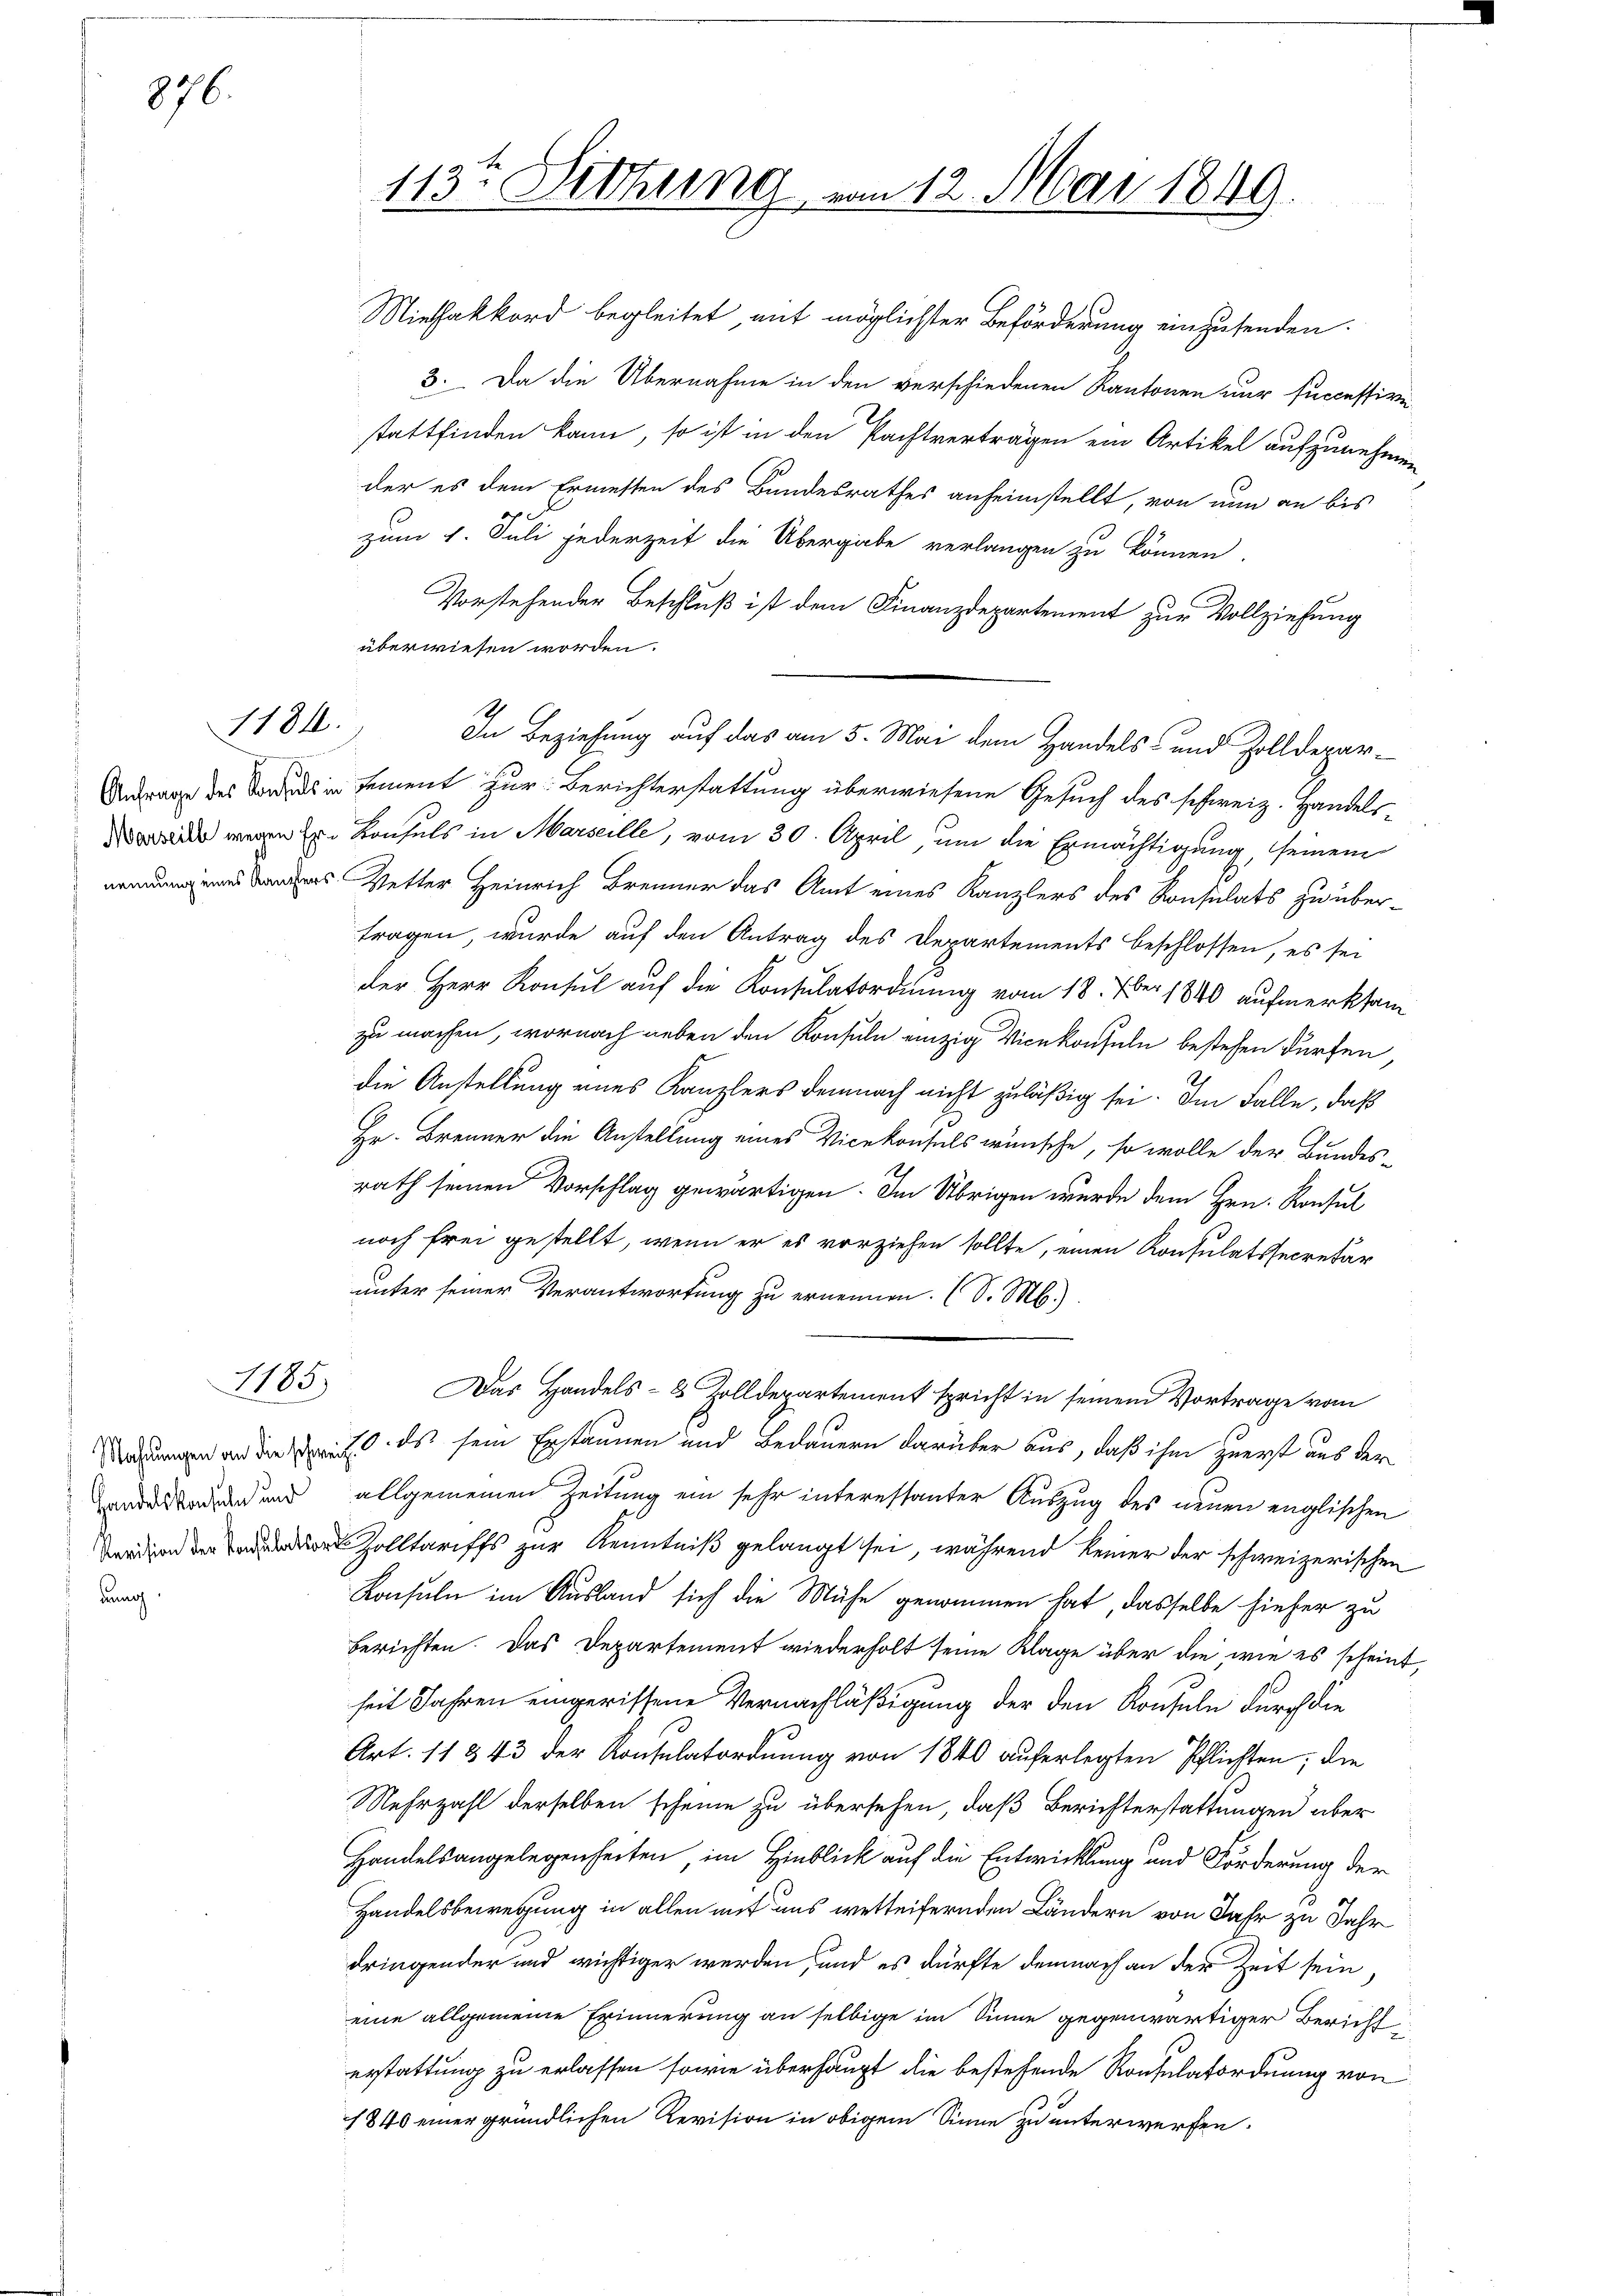
876.

1184.

1185.

Handelskonsuln und
dung

Miehakkord begleitet, mit möglichster Beförderung einzusenden.
3. Da die Übernahme in den verschiedenen Kantonen nur successive
stattfinden kann, so ist in den Pachtverträgen ein Artikel aufzunehmen
der es dem Ermesten des Bandesrathes anheimstellt, von nun an bis
zum 1. Juli jederzeit die Übergabe verlangen zu können.
Vorstehender Beschluß ist dem Finanzdepartement zur Vollziehung
überwiesen worden.
Antrage des das in tement zur Berichterstattung überwiesene Gesuch des schweiz. Handels¬
 wegen er Konsuls in Marseille, vom 30. April, um die Ermächtigung, seinem
 Vetter Heinrich Brenner das Amt eines Kanzlers des Konsulats zu übertragen, wurde auf den Antrag des Departements beschlossen, es sei
der Herr Konsul auf die Konsulatordnung vom 18. Xber 1840 aufmerksam
zu machen, wornach neben den Konsuln einzig Vicekonsuln bestehen dürfen,
die Anstellung eines Kanzlers demnach nicht zuläßig sei. Im Falle, daß
Hr. Brenner die Anstellung eines Vicekonsuls wünsche, so wolle der Bundes-
rath seinen Vorschlag gewärtigen. Im Übrigen wurde dem Hrn. Konsul
noch frei gestellt, wenn er es vorziehen sollte, einen Konsulatssecretär
unter seiner Verantwortung zu ernennen. (S. M.)
Das Handels- 8 Zolldepartement spricht in seinem Vortrage vom
Mahnungen an die er es sein Erstaunen und Bedauern darüber aus, daß ihm zuerst aus der
allgemeinen Zeitung ein sehr interessanter Auszug des neuen englischen
 Zolltariffs zur Kenntniß gelangt sei, während keiner der schweizerischen
Konsuln im Ausland sich die Mühe genommen hat, dasselbe hiefer zu
berichten. Das Departement wiederholt seine Klage über die, wie es scheint,
heit Jahren eingerissene Vernachläßigung der den Konsuln durch die
Art. 11843 der Konsulatordnung von 1840 auferlegten Pflichten; die
Nehrzahl derselben scheine zu übersehen, daß Berichterstattungen über
Handelsangelegenheiten, im Hinblick auf die Entwicklung und Forderung der
Handelsbewegung in allen mit uns wetteifernden Ländern von Jahr zu Jahr
dringender und wichtiger werden, und es dürfte demnach an der Zeit sein,
eine allgemeine Erinnerung an selbige im Sinne gegenwärtiger Bericht
erstattung zu erlassen sowie überhaupt die bestehende Konsulatordnung von
1840 einer gründlichen Revision in obigem Sinne zu unterwerfen.

113. Sitzung vom 12. Mai 1849.

In Beziehung auf das am 5. Mai dem Handels- und Zolldepar¬